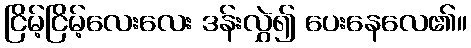
ငြိမ့်ငြိမ့်လေးလေး ဒန်းလွှဲ၍ ပေးနေလေ၏။